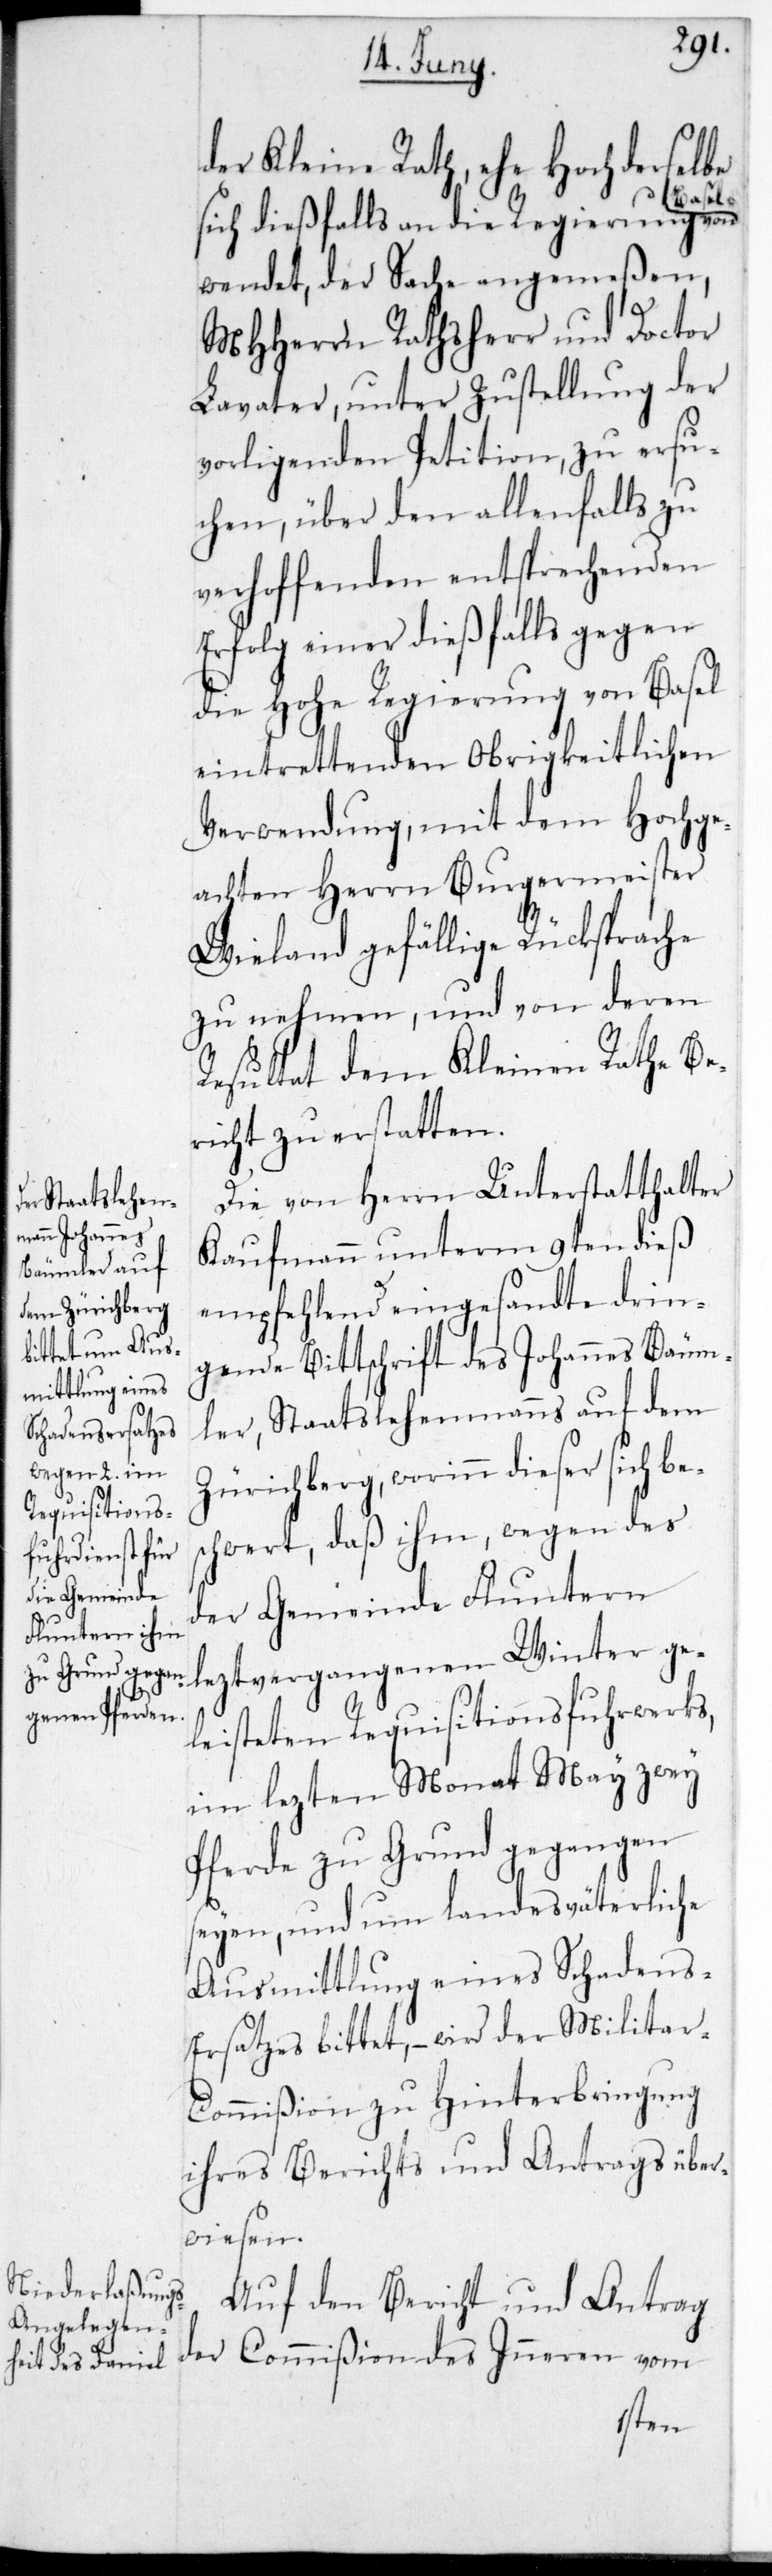
der Kleine Rath, ehe Hochderselbe
sich dießfalls an die Regierung von
wendet, der Sache angemeßen,
MHHerrn Rathsherr und Doctor
Lavater, unter Zustellung der
vorligenden Petition, zu ersu¬
chen, über den allenfalls zu
verhoffenden entsprechenden
Erfolg einer dießfalls gegen
die Hohe Regierung von Basel
eintrettenden Obrigkeitlichen
Verwendung, mit dem Hochge¬
achten Herrn Burgermeister
Wieland gefällige Rücksprache
zu nehmen, und von deren
Resultat dem Kleinen Rathe Be¬
richt zu erstatten.
Die von Herrn Unterstatthalter
Kaufmann unterm 9ten dieß
empfehlend eingesandte drin¬
gende Bittschrift des Johannes Bäum¬
ler, Staatslehenmanns auf dem
Zürichberg, worinn dieser sich bes¬
chwert, daß ihm, wegen des
der Gemeinde Fluntern
letzt vergangenen Winter ge¬
leisteten Requisitions-Fuhrwerks,
im letzten Monat May zwey
Pferde zu Grund gegangen
seyen, und um landesväterliche
Ausmittlung eines Schadens¬
ersatzes bittet, – wird der Milita¬
r-Commißion zu Hinterbringung
ihres Berichts und Antrags über¬
wiesen.
Auf den Bericht und Antrag
der Commißion des Inneren vom